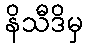
နိသီဒိမှ